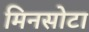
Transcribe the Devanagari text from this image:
मिनसोटा